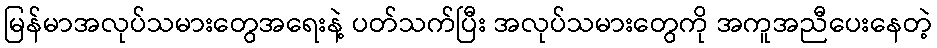
မြန်မာအလုပ်သမားတွေအရေးနဲ့ ပတ်သက်ပြီး အလုပ်သမားတွေကို အကူအညီပေးနေတဲ့